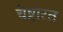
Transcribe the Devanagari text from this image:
चेष्टारत